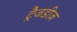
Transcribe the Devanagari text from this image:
ट्रैजडीज़